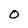
Character: 0